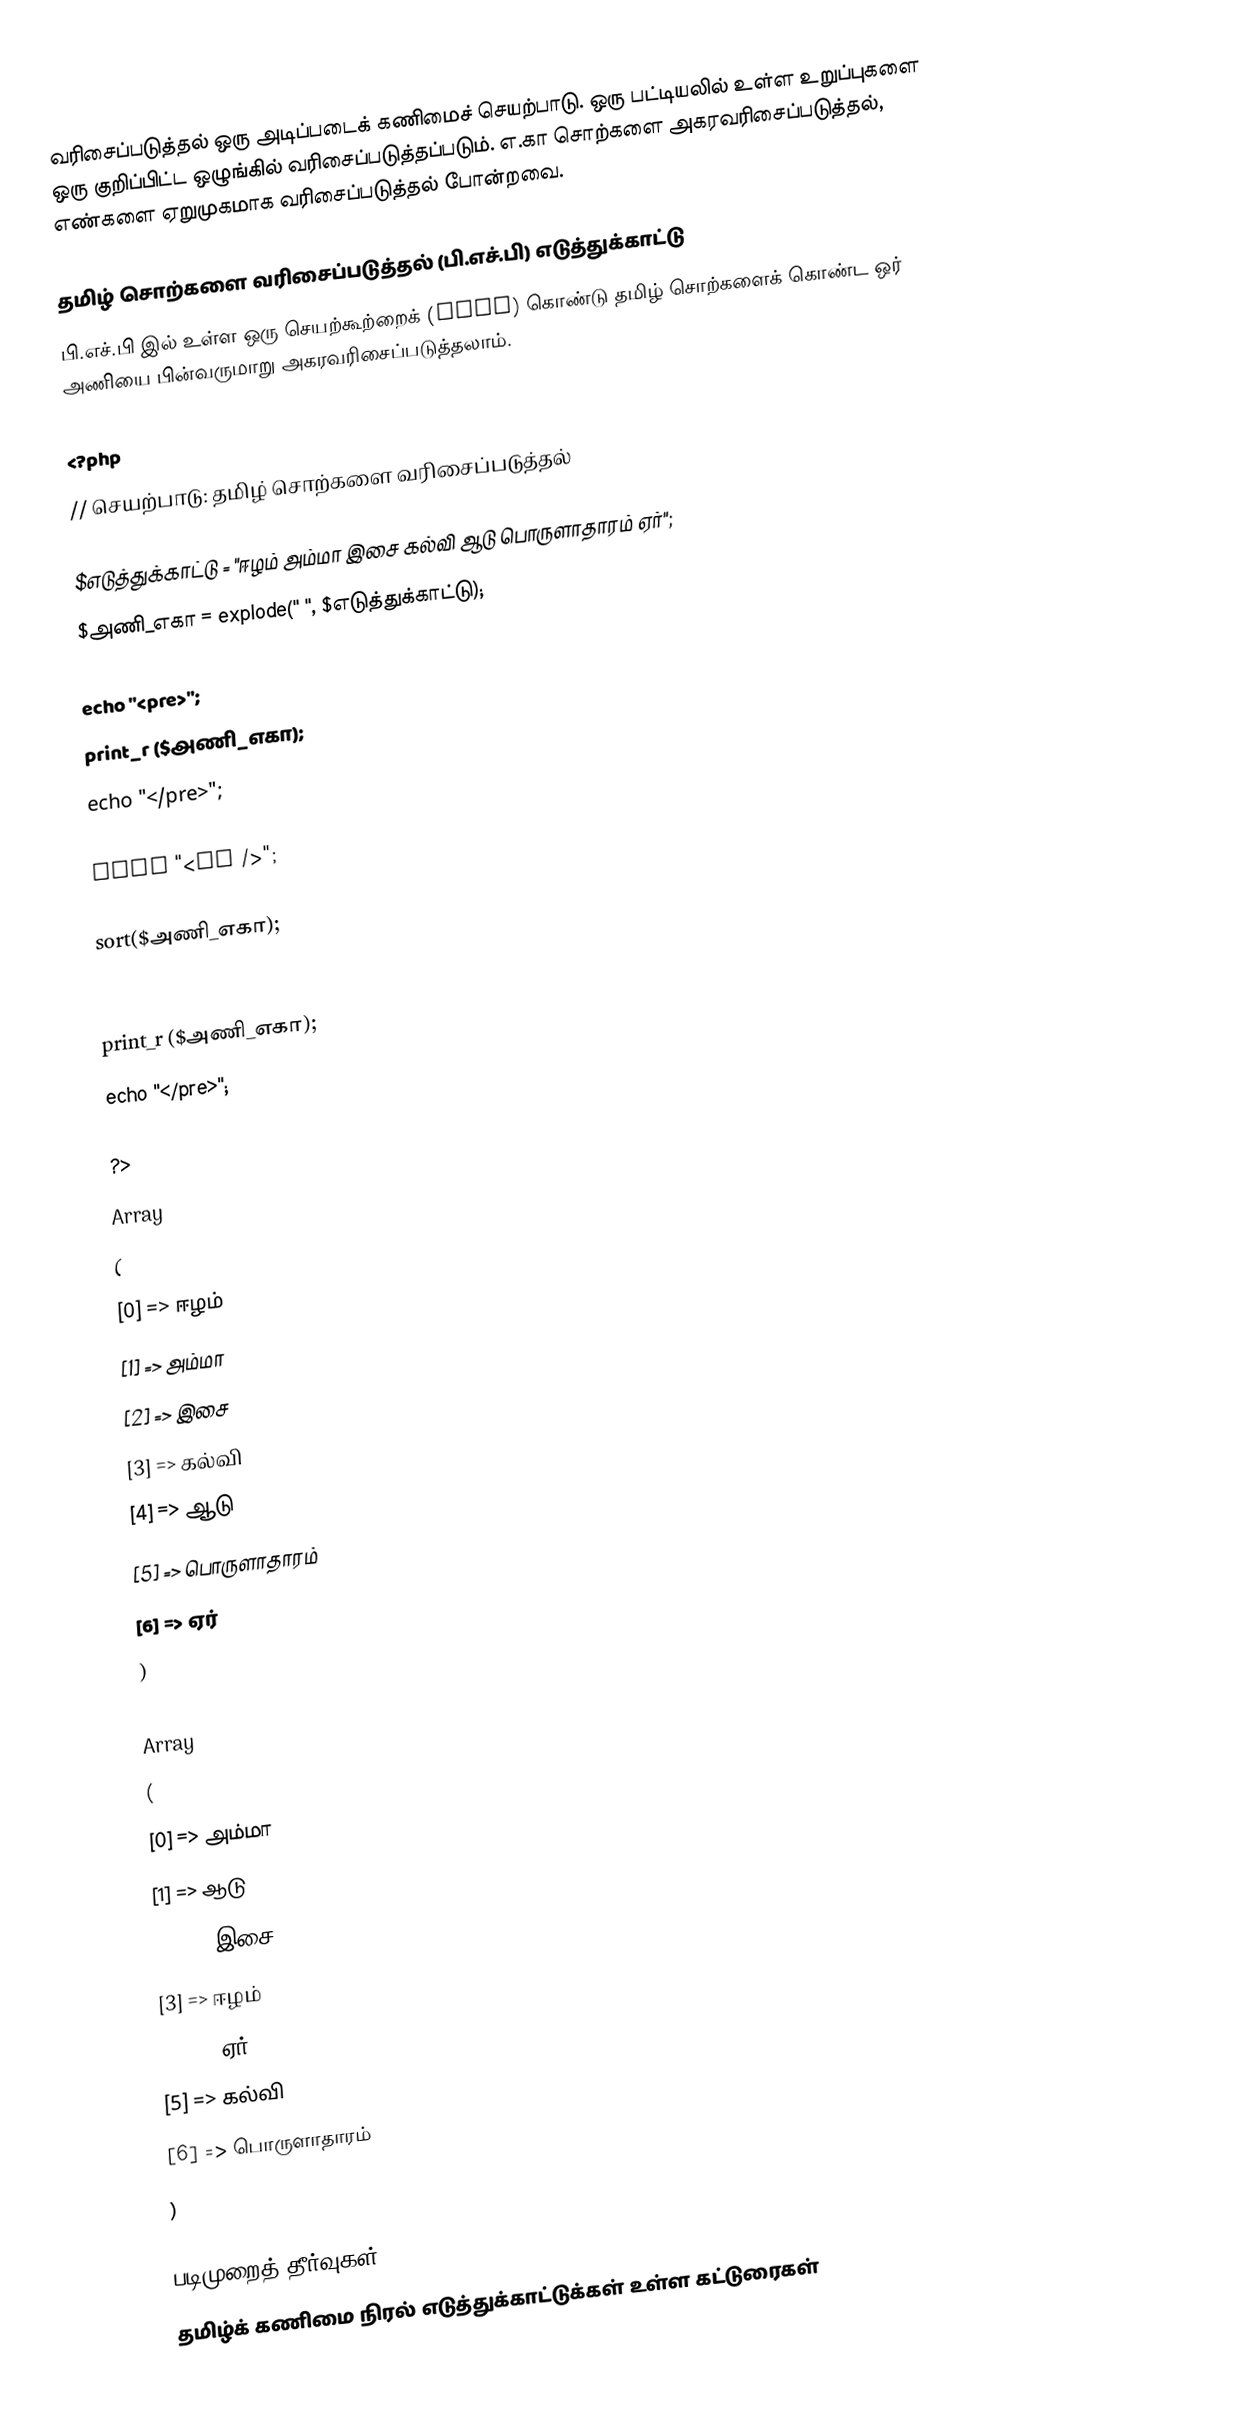
வரிசைப்படுத்தல் ஒரு அடிப்படைக் கணிமைச் செயற்பாடு. ஒரு பட்டியலில் உள்ள உறுப்புகளை ஒரு குறிப்பிட்ட ஒழுங்கில் வரிசைப்படுத்தப்படும். எ.கா சொற்களை அகரவரிசைப்படுத்தல், எண்களை ஏறுமுகமாக வரிசைப்படுத்தல் போன்றவை.

தமிழ் சொற்களை வரிசைப்படுத்தல் (பி.எச்.பி) எடுத்துக்காட்டு
பி.எச்.பி இல் உள்ள ஒரு செயற்கூற்றைக் (sort) கொண்டு தமிழ் சொற்களைக் கொண்ட ஒர் அணியை பின்வருமாறு அகரவரிசைப்படுத்தலாம்.

<?php
// செயற்பாடு: தமிழ் சொற்களை வரிசைப்படுத்தல்

$எடுத்துக்காட்டு = "ஈழம் அம்மா இசை கல்வி ஆடு பொருளாதாரம் ஏர்";
$அணி_எகா = explode(" ", $எடுத்துக்காட்டு);

echo "<pre>";
print_r ($அணி_எகா);
echo "</pre>";

echo "<br />";

sort($அணி_எகா);

echo "<pre>";
print_r ($அணி_எகா);
echo "</pre>";

?>
Array
(
    [0] => ஈழம்
    [1] => அம்மா
    [2] => இசை
    [3] => கல்வி
    [4] => ஆடு
    [5] => பொருளாதாரம்
    [6] => ஏர்
)

Array
(
    [0] => அம்மா
    [1] => ஆடு
    [2] => இசை
    [3] => ஈழம்
    [4] => ஏர்
    [5] => கல்வி
    [6] => பொருளாதாரம்
)

படிமுறைத் தீர்வுகள்
தமிழ்க் கணிமை நிரல் எடுத்துக்காட்டுக்கள் உள்ள கட்டுரைகள்